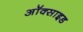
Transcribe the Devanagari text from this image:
अॉक्साइड